Indian journal of veterinary science and animal husbandry - Volumes 18-21, 1948-1951
Year: 1948
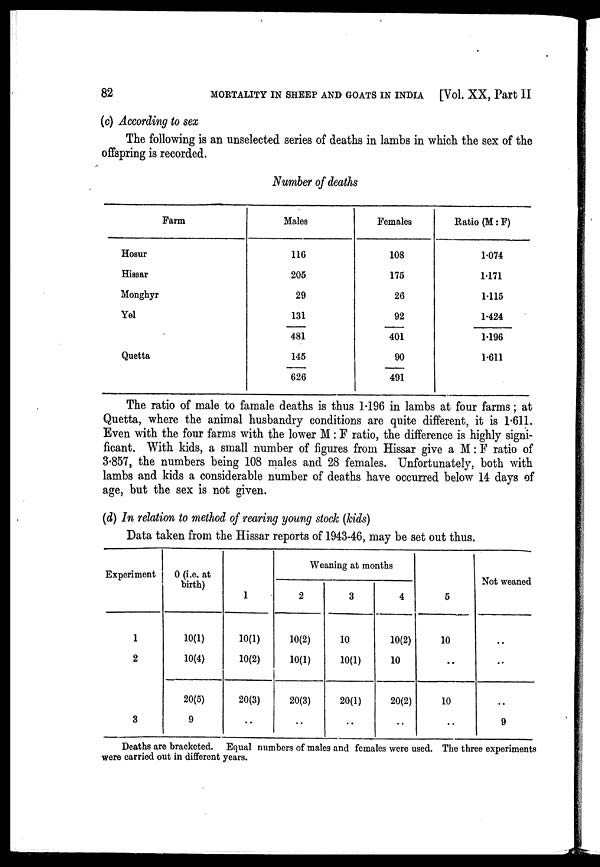
82
MORTALITY IN SHEEP AND GOATS IN INDIA [Vol. XX, Part II
(c) According to sex
The following is an unselected series of deaths in lambs in which the sex of the
offspring is recorded.
Number of deaths
Farm
Hosur
Hissar
Monghyr
Yel
Quetta
Males
116
205
29
131
481
145
626
Females
108
175
26
92
401
90
491
Ratio (M : F)
1.074
1.171
1.115
1.424
1.196
1.611
The ratio of male to famale deaths is thus 1.196 in lambs at four farms; at
Quetta, where the animal husbandry conditions are quite different, it is 1.611.
Even with the four farms with the lower M : F ratio, the difference is highly signi-
ficant. With kids, a small number of figures from Hissar give a M : F ratio of
3.857, the numbers being 108 males and 28 females. Unfortunately, both with
lambs and kids a considerable number of deaths have occurred below 14 days of
age, but the sex is not given.
(d) In relation to method of rearing young stock (kids)
Data taken from the Hissar reports of 1943-46, may be set out thus.
Experiment
1
2
3
0 (i.e. at
birth)
10(1)
10(4)
20(5)
9
1
10(1)
10(2)
20(3)
. .
Weaning at months
2
10(2)
10(1)
20(3)
. .
3
10
10(1)
20(1)
. .
4
10(2)
10
20(2)
. .
5
10
. .
10
Not weaned
. .
. .
. .
9
Deaths are bracketed. Equal numbers of males and females were used. The three experiments
were carried out in different years.